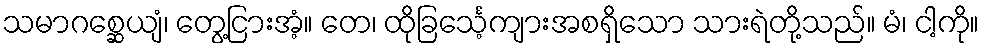
သမာဂစ္ဆေယျံ၊ တွေ့ငြားအံ့။ တေ၊ ထိုခြင်္သေ့ကျားအစရှိသော သားရဲတို့သည်။ မံ၊ ငါ့ကို။